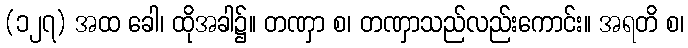
(၁၂၇) အထ ခေါ၊ ထိုအခါ၌။ တဏှာ စ၊ တဏှာသည်လည်းကောင်း။ အရတိ စ၊